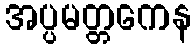
အပ္ပမတ္တကေန